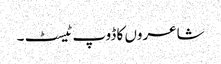
شاعروں کا ڈوپ ٹیسٹ ۔